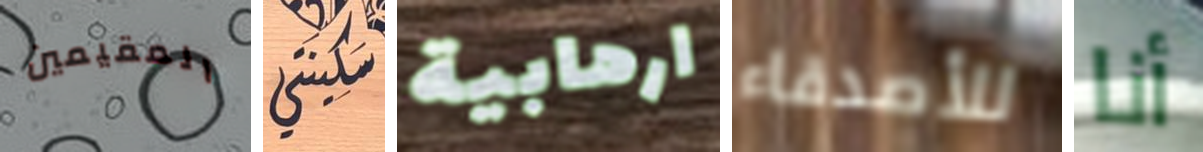
المقيمين سكينتي ارهابية للأصدقاء أنا